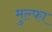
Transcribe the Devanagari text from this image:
मुल्फा